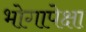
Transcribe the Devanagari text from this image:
भोगापेक्षा